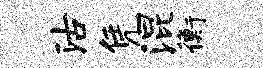
沽凭混衡